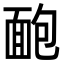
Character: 靤